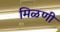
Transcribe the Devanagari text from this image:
मिळणी